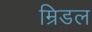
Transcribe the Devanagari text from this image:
म्रिडल